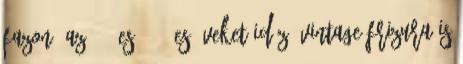
fazon. Az '50-es, '60-es éveket idéző vintage frizura is